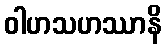
ဝါဟသဟဿာနိ